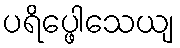
ပရိပ္ဖေါသေယျ